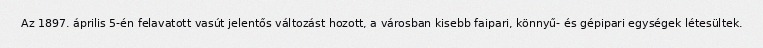
Az 1897. április 5-én felavatott vasút jelentős változást hozott, a városban kisebb faipari, könnyű- és gépipari egységek létesültek.